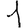
Digit: 1